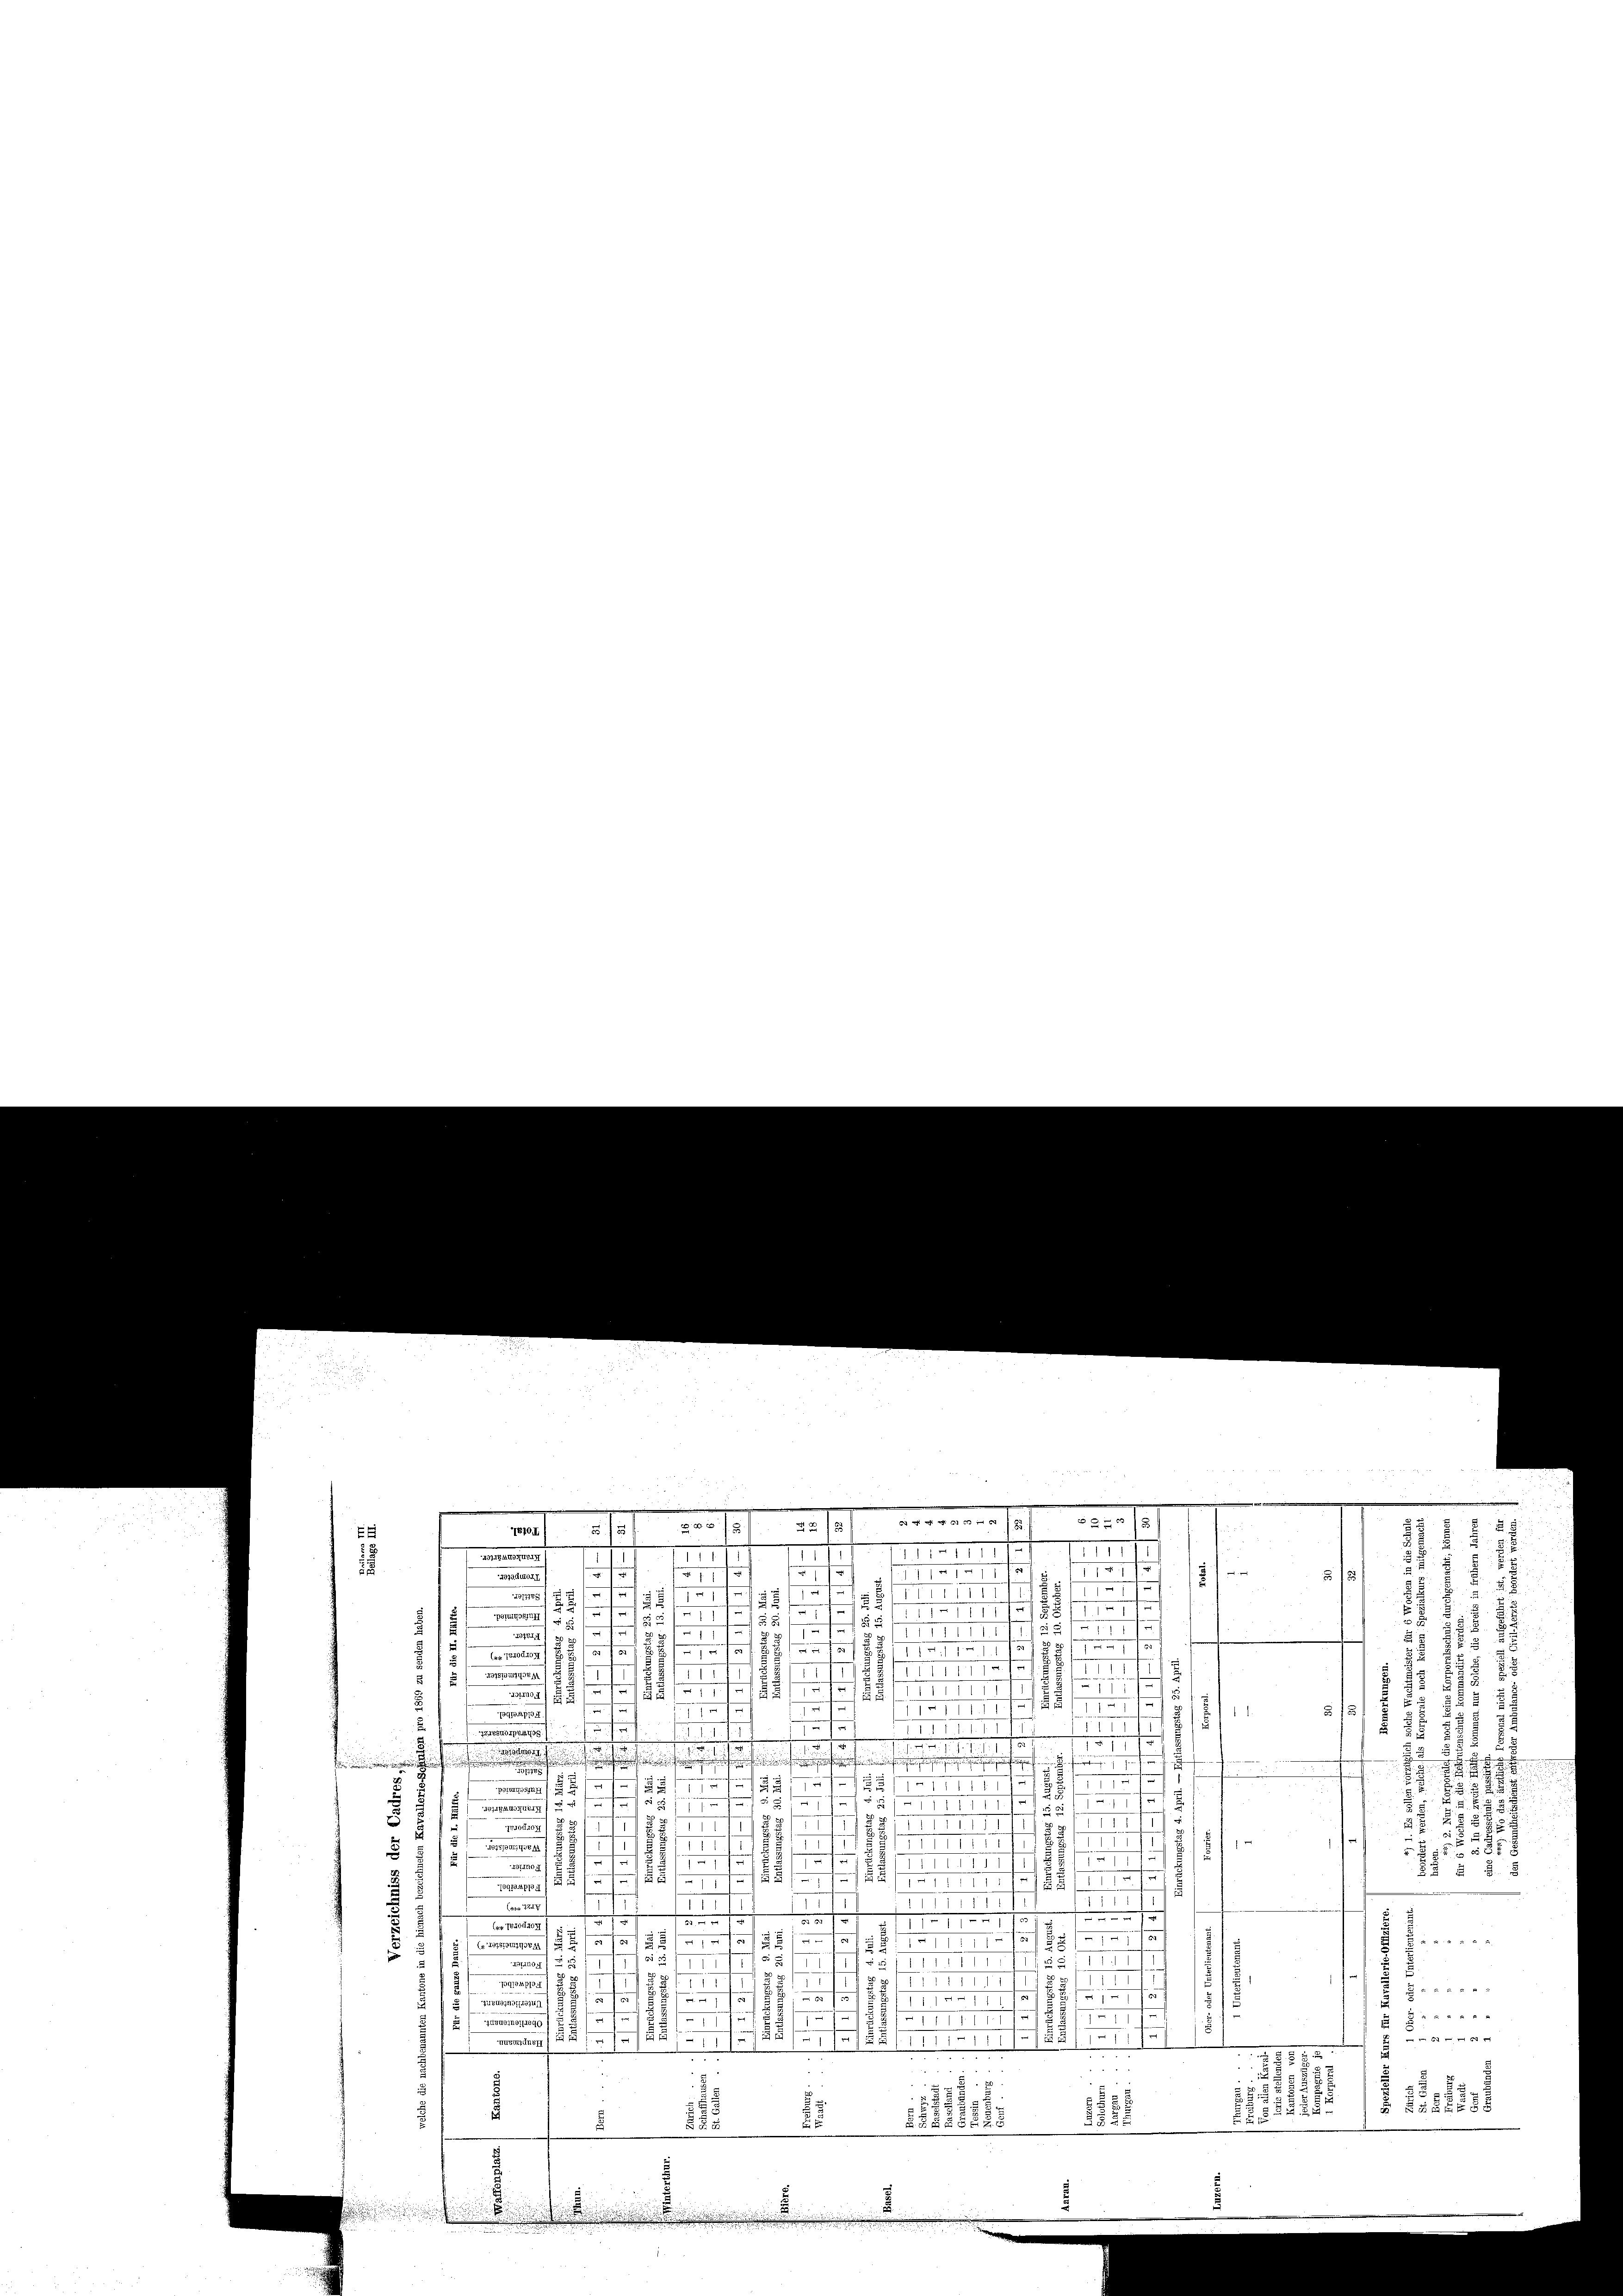
.
venden si
f
ronne
s
1.
Bonupposjun)

7810/

Les aber 1890.
u

257
Brennung se

300 f
2 § 155)
1
t
1
111
e
e
a
57
f
81-
171
e
1
.
u
1
.
u
.
1851
s
fu
111117
125
e
e
§.1113, 13

t

(44. 7840droy
u
28IIIIII
II
3787GANGEM /
d
t
.
18
185/18
 .
4
.
e
1.
57:
fogon 170
g

.
n
IZGBGHOIPBANG
1
s
f
1

t
e
f
ischen fernungen

1

12171
f
r. f.

.
23
1

35
2

11111. 151
AGIIEAUGHUB4
2 x 2 2 x
t
Inun407
e
.
.
s
f
unsermag. 188 f
.
 57 x
2/

s
u
otung,
§§ § §. 8
f
 111 151. 113 f 15. 1411
PG19/2 f
i
15
1
f
11
. 734. 75
75
1
11

o. 2.
( TBuONAGI
s
 x
11
Aargau 1 1/2/185/1735 f

1
aer
8/I
u
1
7
11
s
4
f xxx
2121 ff

f

1102. 17
u
uzug 437
s
 xx
1

n
I
e
df
4buonat 1899
612 x
////2724/1/185/11/1111/185
.
Z 3228
2

25588
2
1
u
8.
.

n

§ 15

5
.